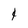
Character: 1